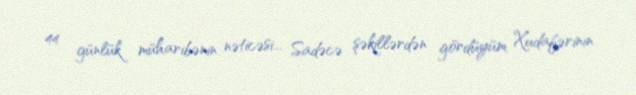
44 günlük müharibənin nəticəsi... Sadəcə şəkillərdən gördüyüm Xudafərinin